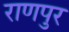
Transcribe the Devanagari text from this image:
राणपुर